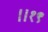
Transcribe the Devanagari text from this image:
॥१९